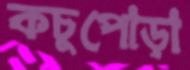
কচুপোড়া